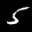
Label: 5